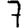
Digit: 7